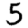
Digit: 5